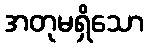
အတုမရှိသော